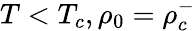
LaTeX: T<T_{c},\rho_{0}=\rho_{c}^{-}